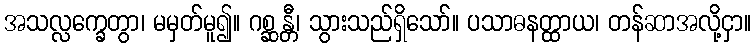
အသလ္လက္ခေတွာ၊ မမှတ်မူ၍။ ဂစ္ဆန္တီ၊ သွားသည်ရှိသော်။ ပသာဓနတ္ထာယ၊ တန်ဆာအလို့ငှာ။